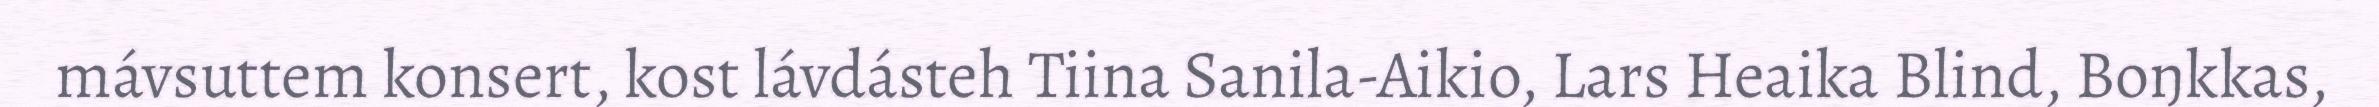
mávsuttem konsert, kost lávdásteh Tiina Sanila-Aikio, Lars Heaika Blind, Boŋkkas,